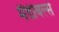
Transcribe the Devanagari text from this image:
मैंडीबल्स